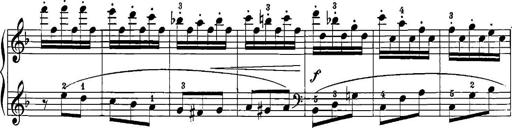
Title: 12 Sonatinas
Composer: Ignaz Pleyel